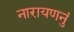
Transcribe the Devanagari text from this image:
नारायणनुं